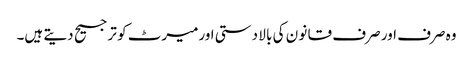
وہ صرف اور صرف قا نو ن کی با لا دستی اورمیرٹ کو ترجیح دیتے ہیں۔